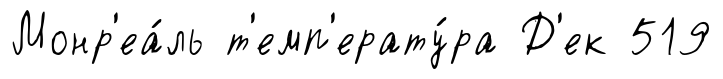
Монр'еа́ль т'емп'ерату́ра Д'ек 519